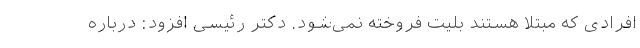
افرادی که مبتلا هستند بلیت فروخته نمی‌شود. دکتر رئیسی افزود: درباره